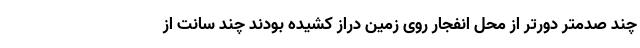
چند صدمتر دورتر از محل انفجار روی زمین دراز کشیده بودند چند سانت از